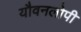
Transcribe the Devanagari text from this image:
यौवनलोपी